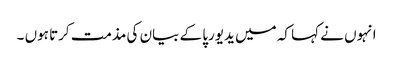
انہوں نے کہا کہ میں یدیورپا کے بیان کی مذمت کرتا ہوں ۔